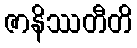
ဇာနိဿတီတိ